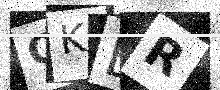
Text: CKER